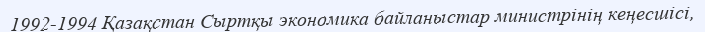
1992-1994 Қазақстан Сыртқы экономика байланыстар министрінің кеңесшісі,